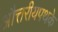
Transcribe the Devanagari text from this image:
औत्तरीयपथके